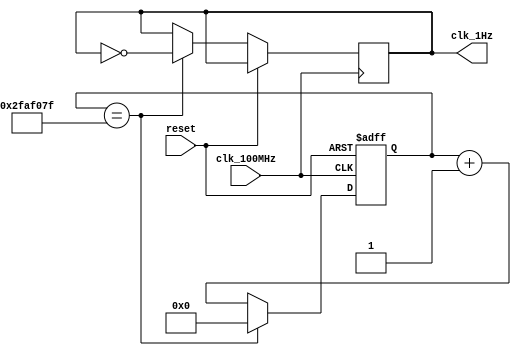
`timescale 1ns / 1ps

module oneHz_gen(
    input clk_100MHz,
    input reset,
    output clk_1Hz
    );
    
    reg [25:0] r_counter = 0;
    reg clk_out = 0;
    
    always @(posedge clk_100MHz or posedge reset)
        if(reset)
            r_counter <= 26'b0;
        else 
            if(r_counter == 49_999_999) begin
                r_counter <= 26'b0;
                clk_out <= ~clk_out;
            end
            else
                r_counter <= r_counter + 1;
    
    assign clk_1Hz = clk_out;
    
endmodule